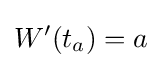
W'(t_{a})=a